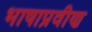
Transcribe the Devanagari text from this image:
भाषाप्रवीण